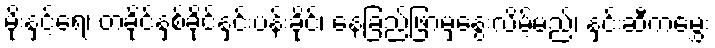
မိုးနှင့်ရေ၊ တခိုင်နှစ်ခိုင်နှင်းပန်းခိုင်၊ နေခြည်ဖြာမှနွေးလိမ့်မည်၊ နှင်းဆီကမွှေး